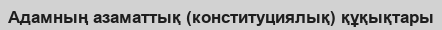
Адамның азаматтық (конституциялық) құқықтары